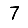
Digit: 7